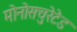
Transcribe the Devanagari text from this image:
मोनोसचुरेटेड